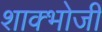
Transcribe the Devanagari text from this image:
शाक्भोजी